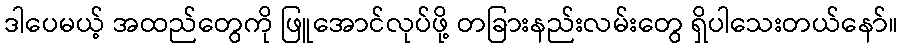
ဒါပေမယ့် အထည်တွေကို ဖြူအောင်လုပ်ဖို့ တခြားနည်းလမ်းတွေ ရှိပါသေးတယ်နော်။